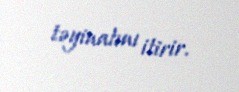
təyinatını itirir.